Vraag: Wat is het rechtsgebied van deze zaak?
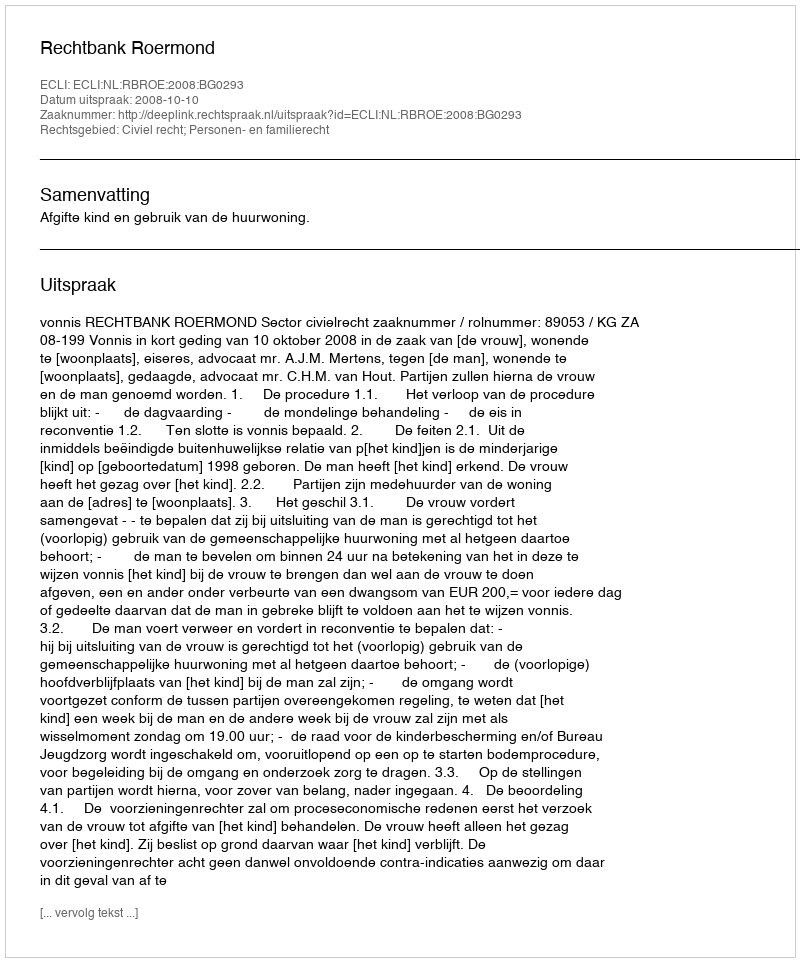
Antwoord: Civiel recht; Personen- en familierecht